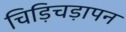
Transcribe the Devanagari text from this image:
चिड़िचड़ापन